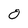
Character: 0